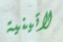
لاتينية